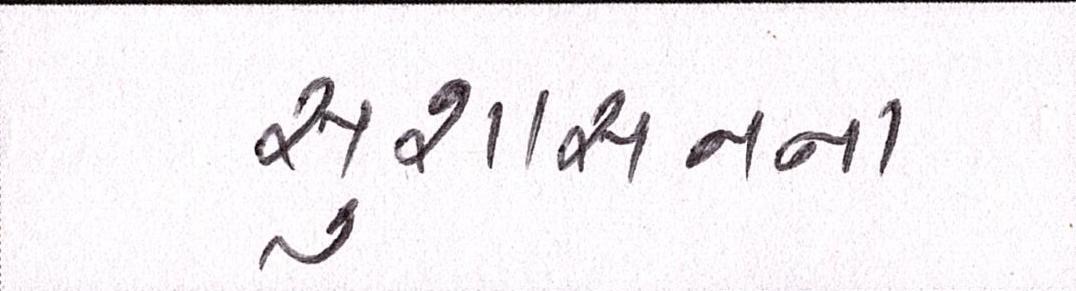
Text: સુશાસનના